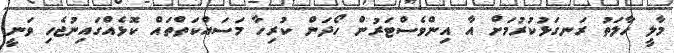
މާލީ ހާލަތު ރަނގަޅުކުރުމަށް އާ އިންވެސްޓަރުން ހޯދަން ކުރިހާ މަސައްކަތްތައް ކޮޅެއްގައިނުޖެހި ވަނީ